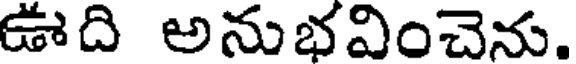
ఊది అనుభవించెను.